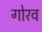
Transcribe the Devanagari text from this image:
गोरव